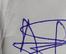
Signature authenticity: genuine